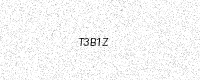
Text: T3B1Z